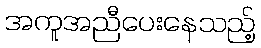
အကူအညီပေးနေသည့်